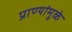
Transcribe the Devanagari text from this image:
प्राण्यांमुळे